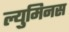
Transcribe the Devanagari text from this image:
ल्युमिनस